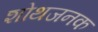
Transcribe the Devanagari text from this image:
शोथजनक